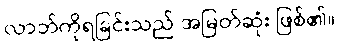
လာဘ်ကိုရခြင်းသည် အမြတ်ဆုံး ဖြစ်၏။